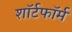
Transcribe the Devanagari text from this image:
शॉर्टफॉर्म